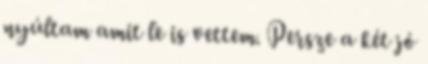
nyúltam amit le is vettem. Persze a két jó